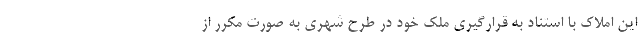
این املاک با استناد به قرارگیری ملک خود در طرح شهری به صورت مکرر از